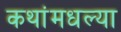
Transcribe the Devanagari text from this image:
कथांमधल्या